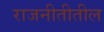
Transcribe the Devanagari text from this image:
राजनीतीतील